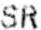
SR